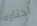
اختاره